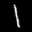
Label: 1